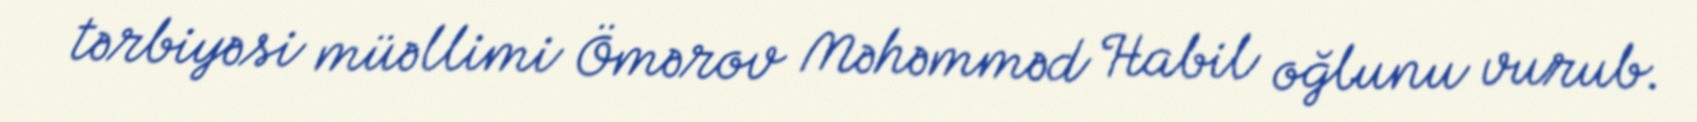
tərbiyəsi müəllimi Ömərov Məhəmməd Habil oğlunu vurub.